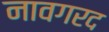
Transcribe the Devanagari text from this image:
नावगरद